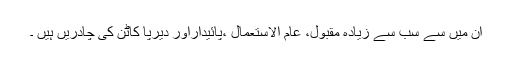
ان میں سے سب سے زیادہ مقبول، عام الاستعمال ،پائیداراور دیرپا کاٹن کی چادریں ہیں ۔